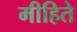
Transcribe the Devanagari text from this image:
मीहिते